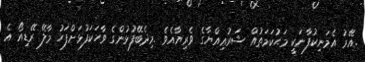
.އޭރު އެމަނިކުފާނަކީ މަޙުކަމަތުއް ޝަރުޢިއްޔާގެ ވެރިޔާއެވެ .މިދެބޭފުޅުންގެ ވާހަކަފުޅަށްފަހު މާލޭ ރޭޑިއޯ އެ